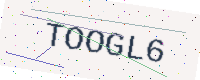
Text: TOOGL6